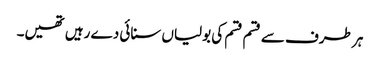
ہر طرف سے قسم قسم کی بولیاں سنائی دے رہیں تھیں۔